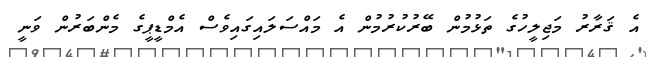
އެ ޤަރާރު މަޖިލީހުގެ ތަޅުމުން ބޭރުކުރުމުން އެ މައްސަލައިގައިވެސް އެމްޑީޕީގެ މެންބަރުން ވަނީ